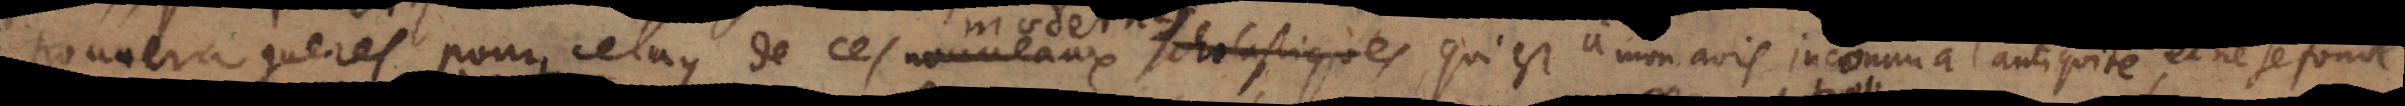
trouvera gueres pour celuy de ces nouveaux scholastiques, qui est à mon avis inconnu à l’antiquité, et ne se fonde